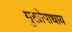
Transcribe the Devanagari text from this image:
मुखोपाधाय